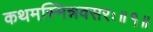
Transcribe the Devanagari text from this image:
कथमस्मिन्नवसरः॥१॥